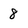
Character: 8